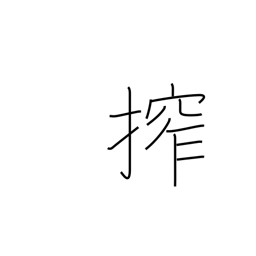
Meaning: squeeze